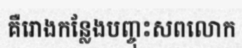
គឺរោងកន្លែងបញ្ចុះសពលោក